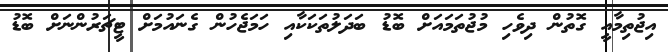
އިޖުތިމާއީ ގޮތުން ދިވެހި މުޖުތަމައަށް ބޮޑު ބަދަލުތަކަކާއި ހަމަޖެހުން ގެނައުމަށް ޓީޗަރުންނަށް ބޮޑު